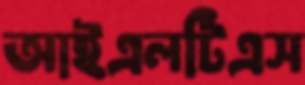
আইএলটিএস